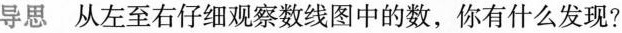
导思 从左至右仔细观察数线图中的数，你有什么发现?